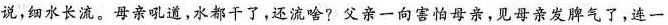
说，细水长流。母亲吼道，水都干了，还流啥？父亲一向害怕母亲，见母亲发气了，连一